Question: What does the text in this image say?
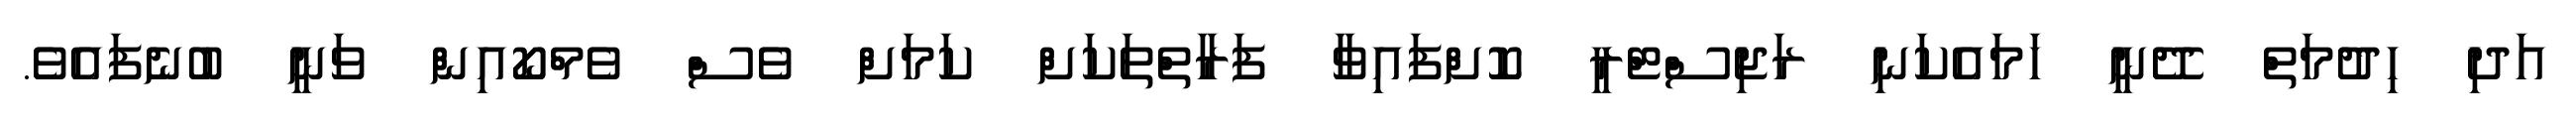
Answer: އަދި ހިދުމަތް ދޭނީ ހަމައެކަނި ރަޖިސްޓްރީ ކޮށްފައިވާ ފަރާތްތަކަށް ކަމަށް ވެސް ވެމްކޯއިން ވަނީ ބުނެފައެވެ.